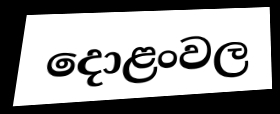
දොළංවල